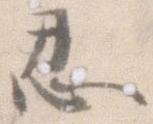
忍